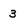
Character: 3